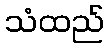
သံထည်